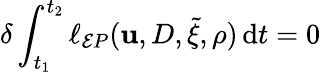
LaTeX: \delta\int_{t_{1}}^{t_{2}}\ell_{\mathcal{E}P}(\mathbf{u},D,\tilde{{\xi}},\rho)\, {\mathrm{{d}}}t=0